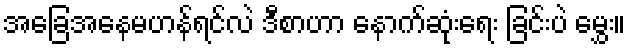
အခြေအနေမဟန်ရင်လဲ ဒီစာဟာ နောက်ဆုံးရေး ခြင်းပဲ မွှေး။